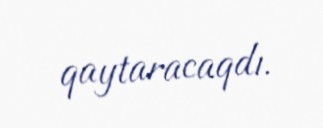
qaytaracaqdı.